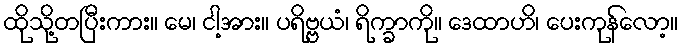
ထိုသို့တပြီးကား။ မေ၊ ငါ့အား။ ပရိဗ္ဗယံ၊ ရိက္ခာကို။ ဒေထာဟိ၊ ပေးကုန်လော့။